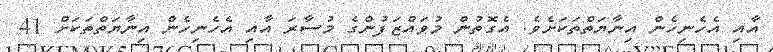
އާއި އެހެނިހެން އިނާޔަތްތަކަށެވެ. އެގޮތުން މުވައްޒަފުންގެ މުސާރަ އާއި އެހެނިހެން އިނާޔަތްތަކަށް 41